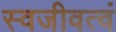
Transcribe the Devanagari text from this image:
स्वजीवत्वं